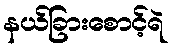
နယ်ခြားစောင့်ရဲ